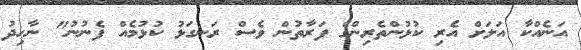
އަނެއްކާ އަލަށް އެރި ކުޅުންތެރިންގެ ފަރާތުން ވެސް ރަނގަޅު ކުޅުމެއް ފެނުނު" ނާހިދު